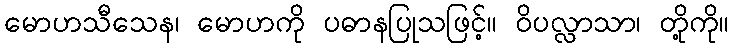
မောဟသီသေန၊ မောဟကို ပဓာနပြုသဖြင့်။ ဝိပလ္လာသာ၊ တို့ကို။